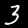
Digit: 3